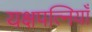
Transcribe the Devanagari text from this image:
यक्षपत्नियाँ